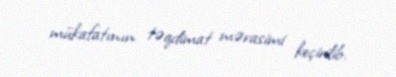
mükafatının təqdimat mərasimi keçirilib.